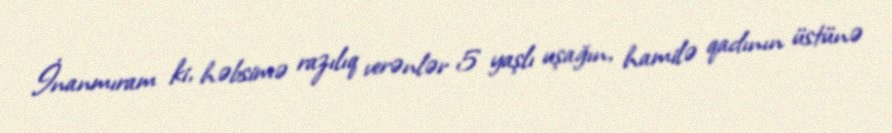
İnanmıram ki, həbsimə razılıq verənlər 5 yaşlı uşağın, hamilə qadının üstünə